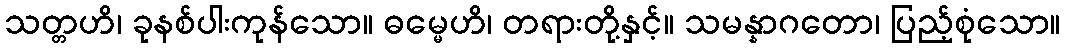
သတ္တဟိ၊ ခုနစ်ပါးကုန်သော။ ဓမ္မေဟိ၊ တရားတို့နှင့်။ သမန္နာဂတော၊ ပြည့်စုံသော။